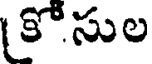
కోసుల